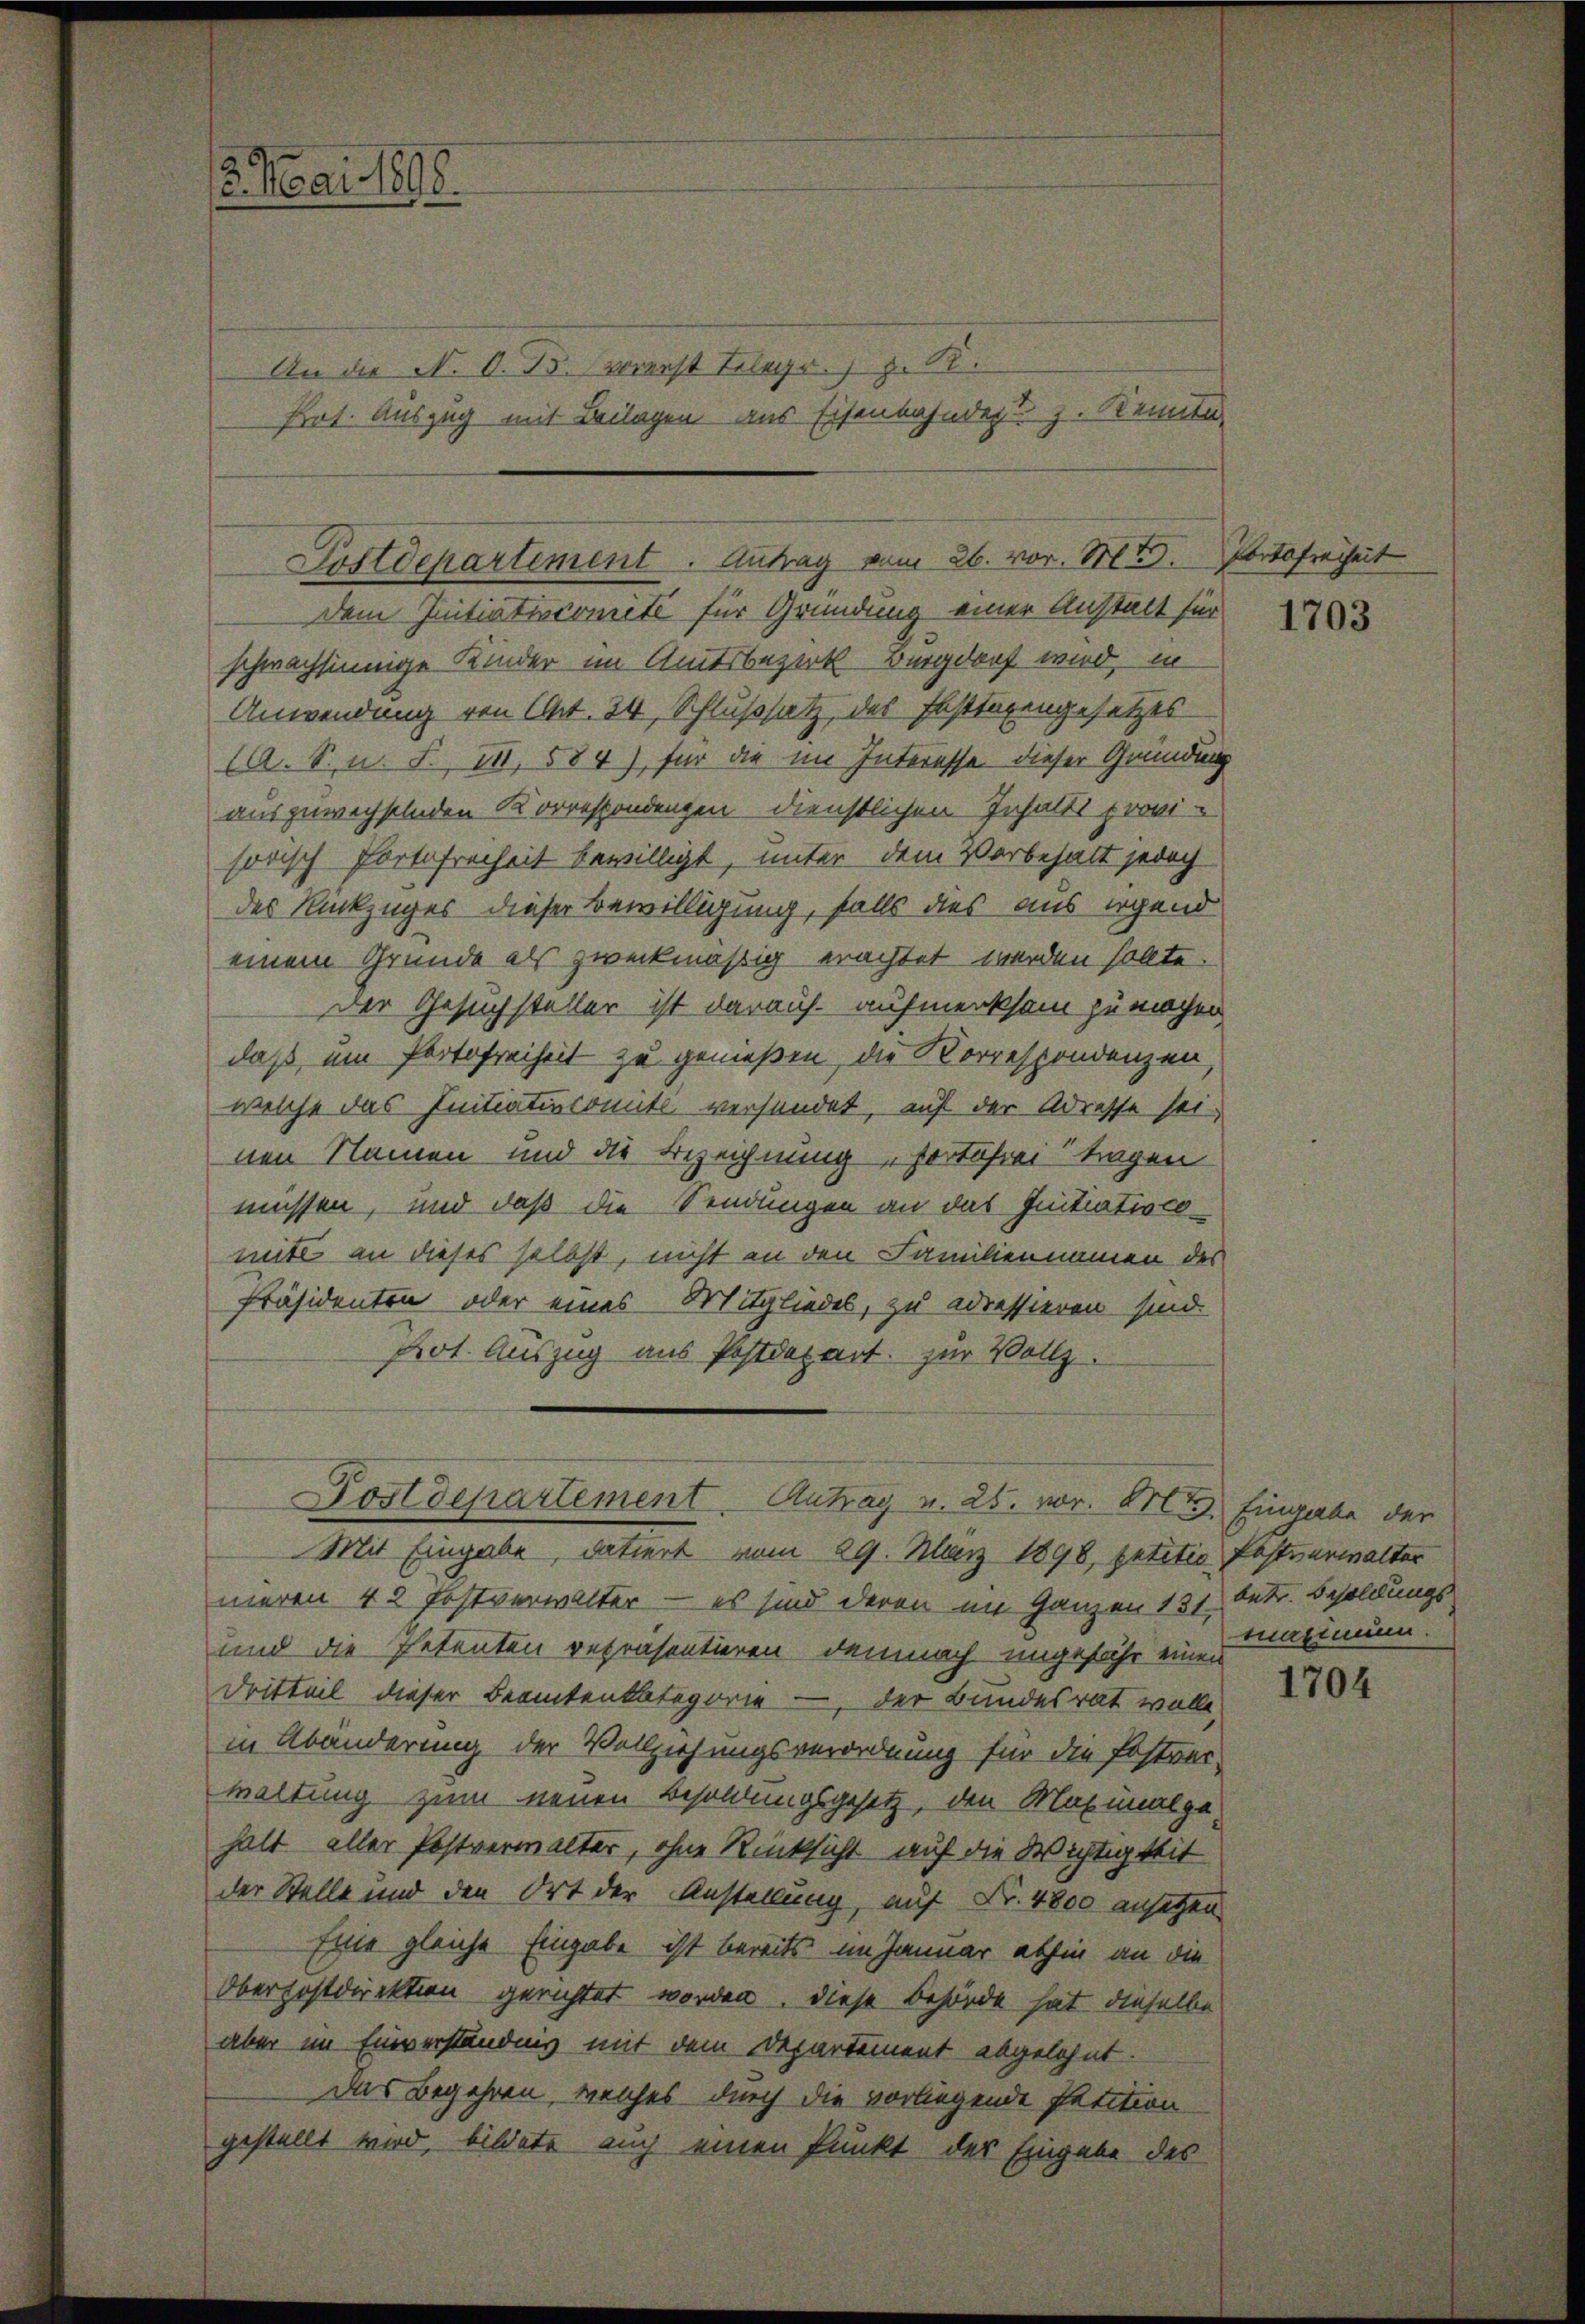
3. Mai 1890.

An die N. O. B. vorerst Telegr. z. B.
Pot. Auszug mit Beilagen aus Eisenbahndert z. Kenntn

dem Initiatiscomité für Gründung einer Anstalt für
schwachsinnige Kinder im Amtsbezirk Burgdorf wird, in
Anwendung von Art. 24, Schlußsatz des Fasttagengesetzes
(A. S. u. S. II, 584), für die im Interesse dieser Gründung
auszuwechselnden Korrespondenzen dienstlichen Inhalts provi
sorisch Portofreiheit bewilligt, unter dem Vorbehalt jedoch
des Rückzuges dieser Bewilligung, falls dies aus irgend
einem Grunde als zweckmäßig erachtet werden sollte.
Der Gesuchsteller ist darauf aufmerksam zu machen
daß ein Partofreiheit zu genießen, die Korrespondenzen
welche das Initiatincomite versendet, auf der Adresse sei
nen Namen und die Bezeichnung vortäfrei tragen
müssen, und daß die Sendungen an das Initiatisco
mite an dieses selbst, nicht an den Familiennamen des
Präsidenten oder eines Mitgliedes, zu adressieren sind.
Prot. Auszug aus Postdepart. zur Vollz

Postdepartement. Antrag vom 26. vor. Mt. Portofreiheit

Postdepartement Antrag v. 25. vor. Art. Eingabe der
Mit Eingabe, datiert vom 29. März 1898, petitio Postverwalter

meren 42 Postverwalter — es sind deren im Ganzen 131 betr. Besoldungs
und die Petenten repräsentieren demnach ungefähr einen
Dritteil dieser Beamtenkategorie - der Bundesrat wolle,
in Abänderung der Vollziehungsverordnung für die Fostrei-
waltung zum neuen Besoldungsgesetz, den Maximalgehalt aller Postverwalter, ohne Rücksicht auf die Wichtigkeit
der Stelle und den Ort der Anstellung, auf Fr. 4800 ansetzen
Eine gleiche Eingabe ist bereits im Januar abhin an die
Oberhostdirektion gerichtet worden, diese Behörde hat dieselbe
aber im Einverständnis mit dem Departement abgelehnt.
Das Begehren, welches durch die vorliegende Petition
gestellt wird, bildete auch einen Punkt des Eingabe des

1703

maximum.

1704